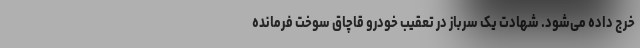
خرج داده می‌شود. شهادت یک سرباز در تعقیب خودرو قاچاق سوخت فرمانده